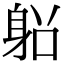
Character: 𨈴